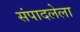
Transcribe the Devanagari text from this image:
संपादलेला